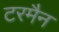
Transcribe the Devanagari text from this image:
टरमैन